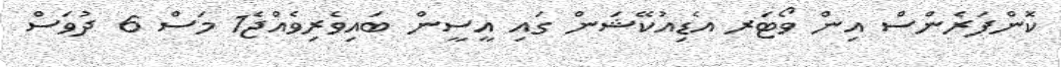
ކޮންފަރެންސް އިން ވޯޓަރ އެޑިއުކޭޝަން ގައި އީސީން ބައިވެރިވެއްޖެ1 މަސް 6 ދުވަސް